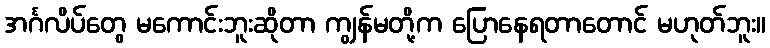
အင်္ဂလိပ်တွေ မကောင်းဘူးဆိုတာ ကျွန်မတို့က ပြောနေရတာတောင် မဟုတ်ဘူး။